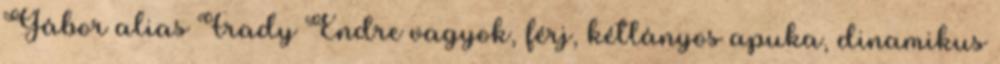
Gábor alias Frady Endre vagyok, férj, kétlányos apuka, dinamikus